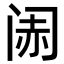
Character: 𬮨